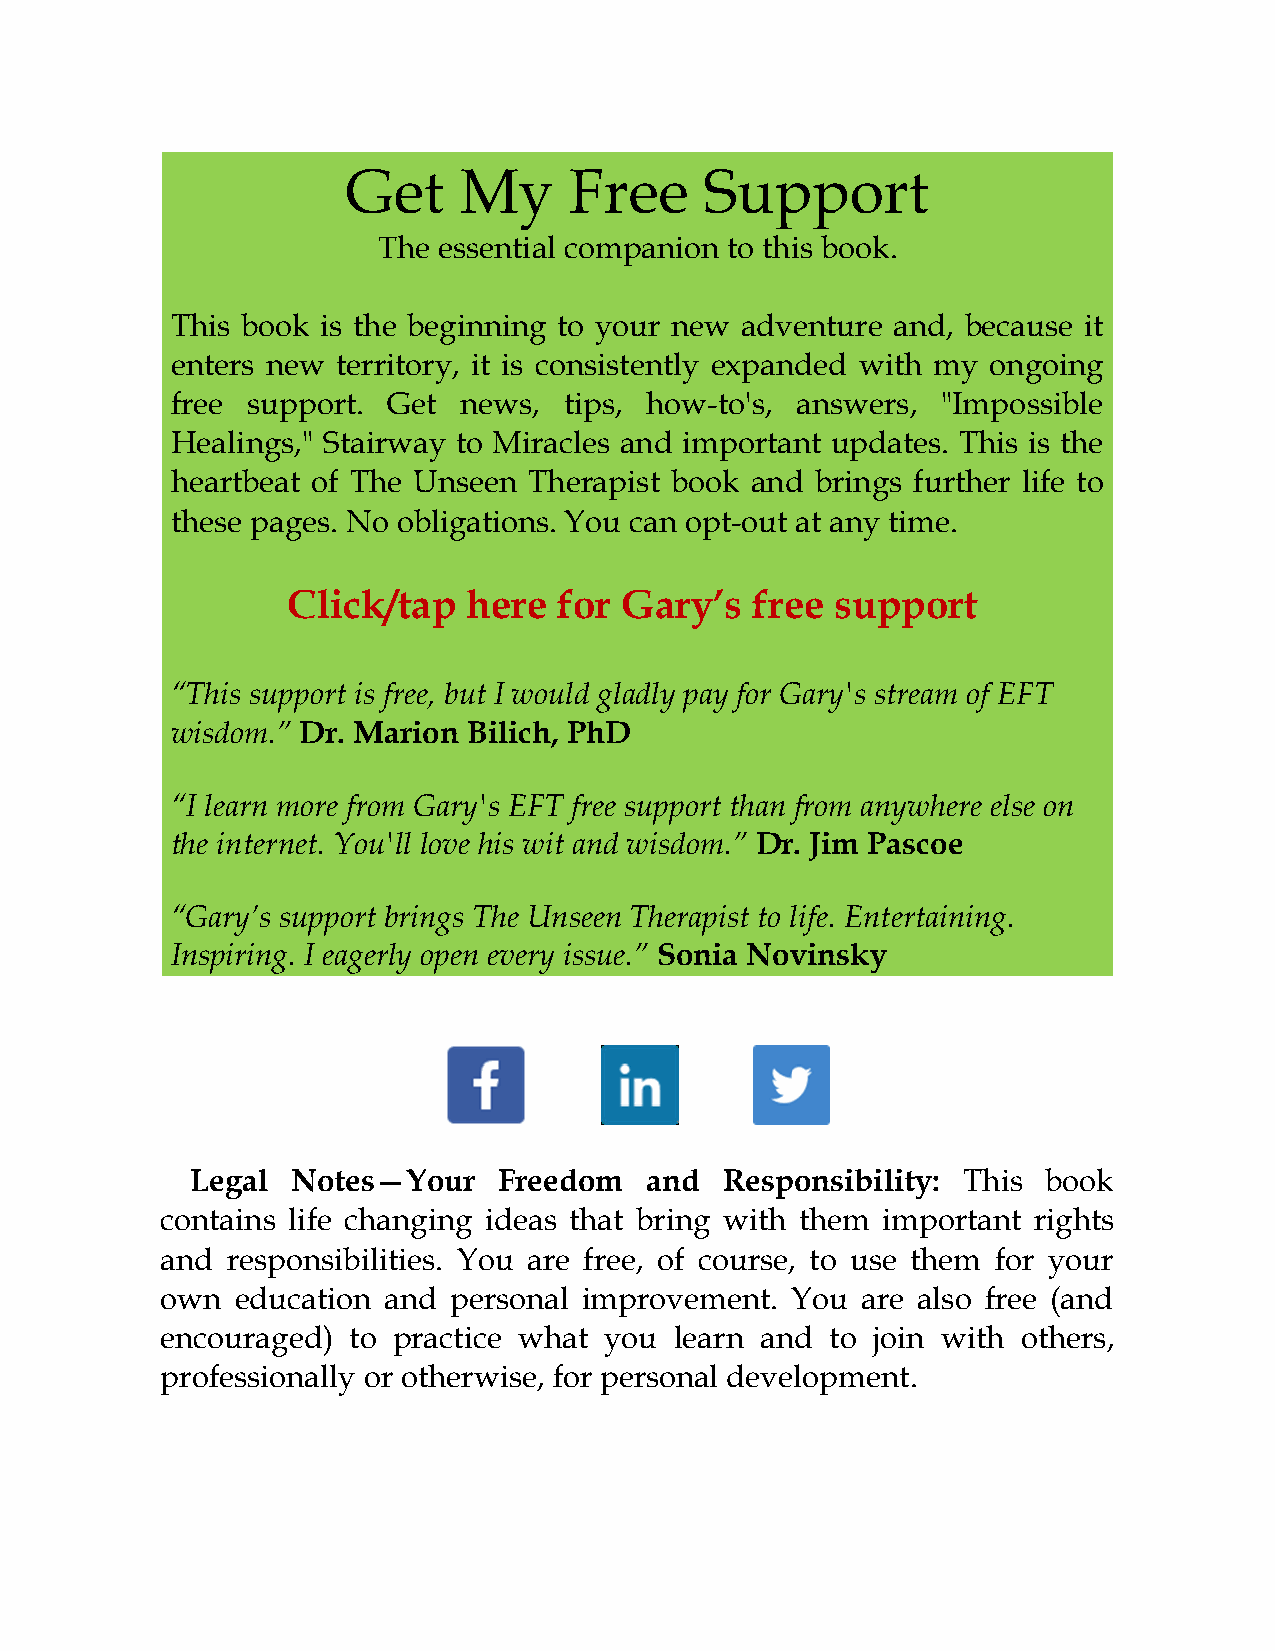
Get    My      Free     Support
 The essential companion to this book.
 This book is the beginning to your new adventure and, because it
 enters new territory, it is consistently expanded with my ongoing
 free support.  Get news,  tips, how-to's, answers, "Impossible
 Healings," Stairway to Miracles and important updates. This is the
 heartbeat of The Unseen Therapist book and brings further life to
 these pages. No obligations. You can opt-out at any time.
 Click/tap   here  for Gary’s   free support
 “This support is free, but I would gladly pay for Gary's stream of EFT
 wisdom.” Dr. Marion Bilich, PhD
 “I learn more from Gary's EFT free support than from anywhere else on
 the internet. You'll love his wit and wisdom.” Dr. Jim Pascoe
 “Gary’s support brings The Unseen Therapist to life. Entertaining.
 Inspiring. I eagerly open every issue.” Sonia Novinsky
 Legal Notes—Your    Freedom   and  Responsibility: This book
 contains life changing ideas that bring with them important rights
 and responsibilities. You are free, of course, to use them for your
 own  education and personal improvement. You  are also free (and
 encouraged) to practice what you  learn and to join with others,
 professionally or otherwise, for personal development.